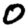
Digit: 0